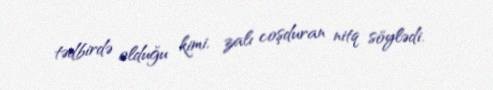
tədbirdə olduğu kimi, zalı coşduran nitq söylədi.